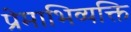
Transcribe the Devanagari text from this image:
प्रेमाभिव्यक्ति